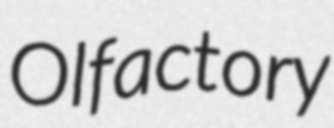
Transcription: Olfactory